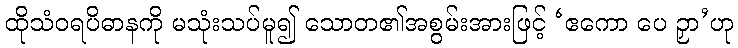
ထိုသံဝရပိဓာနကို မသုံးသပ်မူ၍ သောတ၏အစွမ်းအားဖြင့် ‘ဧကော ပေ ဉှာ’ဟု